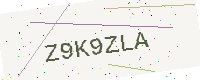
Text: Z9K9ZLA